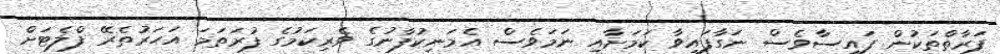
ފަރާތްތަކުން ފައިސާވެސް ނަގާފައިވާ ކަމަށާއި ނަމަވެސް އެމަނިކުފާނުގެ ވެރިކަމުގެ ފުރަތަމަ އަހަރުތެރޭ ފްލެޓަށް